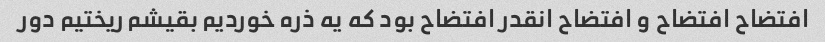
افتضاح افتضاح و افتضاح انقدر افتضاح بود که یه ذره خوردیم بقیشم ریختیم دور